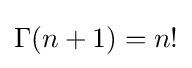
\Gamma (n+1)=n!